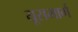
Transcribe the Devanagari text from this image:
यूसमार्ग